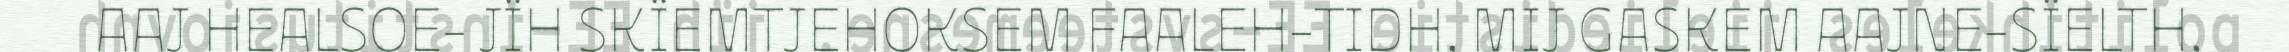
AAJ HEALSOE- JÏH SKÏEMTJEHOKSEM FAALEH-TIDH, MIJ GASKEM AAJNE-SÏELTH,